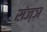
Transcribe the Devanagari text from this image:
संज्ञ